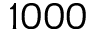
1 0 0 0